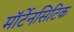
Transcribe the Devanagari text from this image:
मॉर्टेनसिटिक